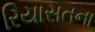
રિયાસતના